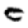
Digit: 0